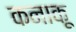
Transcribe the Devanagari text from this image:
कनाकू